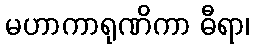
မဟာကာရုဏိကာ ဓီရာ၊